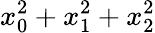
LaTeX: x_{0}^{2}+x_{1}^{2}+x_{2}^{2}